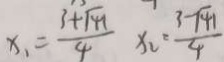
x _ { 1 } = \frac { 3 + \sqrt { 4 1 } } { 4 } x _ { 2 } = \frac { 3 - \sqrt { 4 1 } } { 4 }